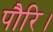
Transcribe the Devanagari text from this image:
पौरि।